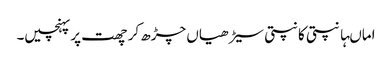
اماںہانپتی کانپتی سیڑھیاں چڑھ کر چھت پر پہنچیں۔